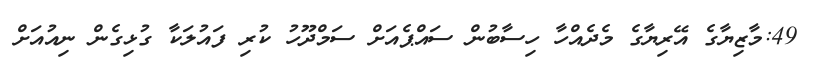
49:މާޒިޔާގެ އޭރިޔާގެ މެދެއްހާ ހިސާބުން ސައްޕެއަށް ސަމްދޫހު ކުރި ފައުލަކާ ގުޅިގެން ނިއުއަށް